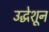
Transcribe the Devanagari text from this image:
उद्धेशून